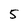
Character: 5